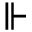
\Vdash